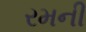
રમની